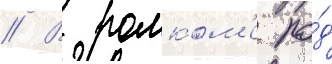
// В ромком'е по́д